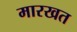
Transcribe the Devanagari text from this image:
मारखत